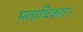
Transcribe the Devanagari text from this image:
मताधिकार।